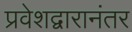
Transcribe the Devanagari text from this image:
प्रवेशद्वारानंतर